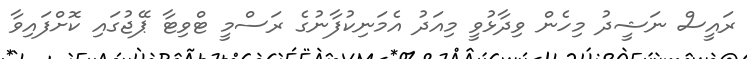
ރައީސް ނަޝީދު މިހެން ވިދާޅުވީ މިއަދު އެމަނިކުފާނުގެ ރަސްމީ ޓްވިޓާ ޕޭޖުގައި ކޮށްފައިވާ